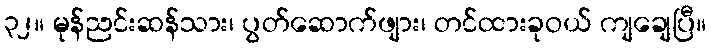
၃၂။ မုန်ညင်းဆန်သား၊ ပွတ်ဆောက်ဖျား၊ တင်ထားခုဝယ် ကျချေပြီ။